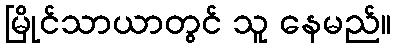
မြိုင်သာယာတွင် သူ နေမည်။